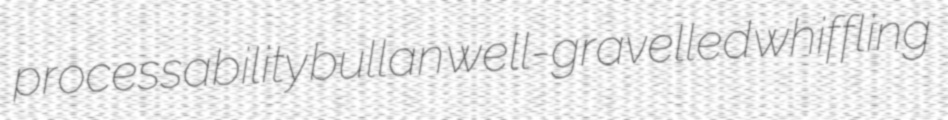
processability bullan well-gravelled whiffling